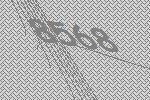
8568